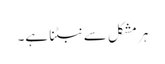
ہر مشکل سے نبٹنا ہے۔